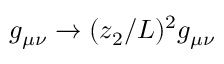
g _ { \mu \nu } \to ( z _ { 2 } / L ) ^ { 2 } g _ { \mu \nu }